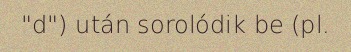
"d") után sorolódik be (pl.